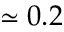
\simeq 0 . 2